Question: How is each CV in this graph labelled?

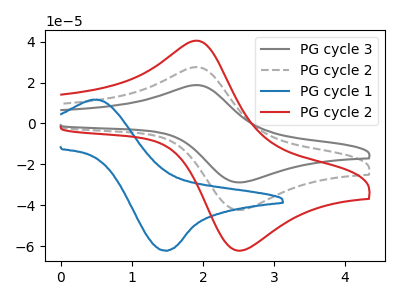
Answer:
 <answer>The gray curve is labeled "PG cycle 3". The gray dashed curve is labeled "PG cycle 2". The blue curve is labeled "PG cycle 1". The red curve is labeled "PG cycle 2".</answer>
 <eval></eval>